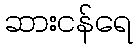
ဆားငန်ရေ